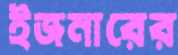
ইজনারের